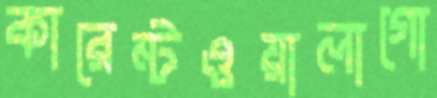
কারেন্টওয়ালাগো